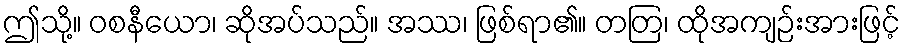
ဤသို့။ ဝစနီယော၊ ဆိုအပ်သည်။ အဿ၊ ဖြစ်ရာ၏။ တတြ၊ ထိုအကျဉ်းအားဖြင့်